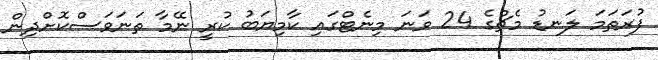
ފުރަތަމަ ލަނޑު މެޗްގެ 24 ވަނަ މިނެޓްގައި ކާމިޔަބު ކުރީ ނޭމާ ތަނަވަސްކޮށްދިން